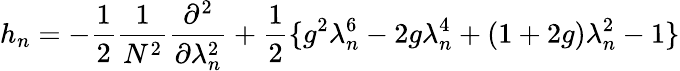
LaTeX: h_{n}=-\frac{1}{2}\frac{1}{N^{2}}\frac{\partial^{2}}{\partial\lambda_{n}^{2}}+\frac{1}{2}\{ g^{2}\lambda_{n}^{6}-2g\lambda_{n}^{4}+(1+2g)\lambda_{n}^{2}-1\}